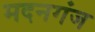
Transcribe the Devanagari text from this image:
मदनगंज